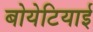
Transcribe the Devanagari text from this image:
बोयेटियाई